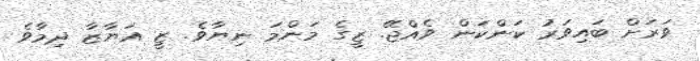
ވަރަށް ބައިވަރު ކަންކަން ވެއްޖޭ. ޒީގެ މަންމަ ނިޔާވެ. ޒީ އަޔާޒާ ދިމާވެ